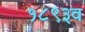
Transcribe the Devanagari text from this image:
१८९३व